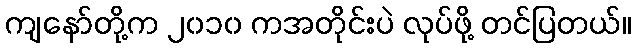
ကျနော်တို့က ၂၀၁၀ ကအတိုင်းပဲ လုပ်ဖို့ တင်ပြတယ်။